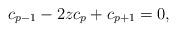
LaTeX: \begin{align*} c_{p-1} - 2z c_{p} + c_{p+1} & = 0,\end{align*}